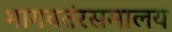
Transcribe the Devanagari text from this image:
भागवतंरसमालय